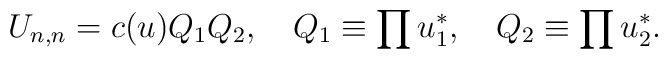
U_{n,n}=c(u)Q_1Q_2,\quad Q_1\equiv\prod u^*_1,\quad Q_2\equiv\prod u^*_2.